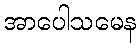
အာပေါသမေန